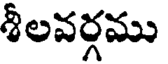
శీలవర్గము